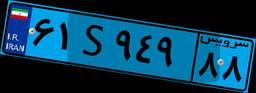
۱۳S۶۹۵۲۱